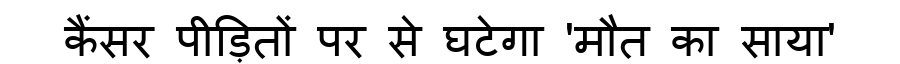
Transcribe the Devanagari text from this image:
कैंसर पीड़ितों पर से घटेगा 'मौत का साया'